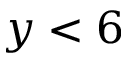
y < 6